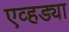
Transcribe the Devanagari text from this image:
एव्हड्या